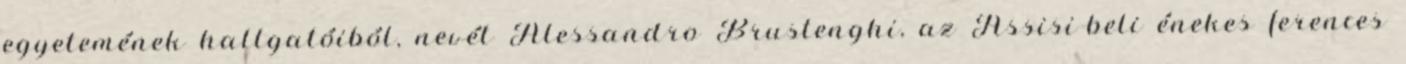
egyetemének hallgatóiból, nevét Alessandro Brustenghi, az Assisi-beli énekes ferences